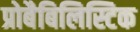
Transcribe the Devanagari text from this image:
प्रोबैबिलिस्टिक